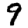
Digit: 9